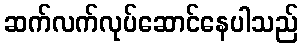
ဆက်လက်လုပ်ဆောင်နေပါသည်